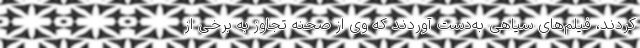
کردند، فیلم‌های سیاهی به‌دست آوردند که وی از صحنه تجاوز به برخی از